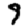
Digit: 9